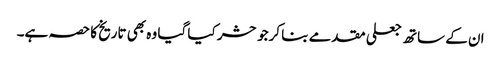
ان کے ساتھ جعلی مقدمے بنا کرجو حشر کیا گیا وہ بھی تاریخ کا حصہ ہے۔